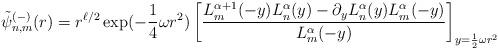
LaTeX: \begin{align*} \tilde{\psi}^{(-)}_{n,m}(r) = r^{\ell/2}\exp(-\frac{1}{4}\omega r^2)\left[\frac{L_m^{\alpha+1}(-y)L_n^\alpha(y)-\partial_yL_n^{\alpha}(y)L_m^\alpha(-y)}{L_m^\alpha(-y)}\right]_{y=\frac{1}{2}\omega r^2}\end{align*}